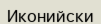
Иконийски